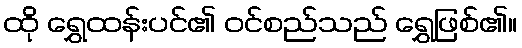
ထို ရွှေထန်းပင်၏ ဝင်စည်သည် ရွှေဖြစ်၏။